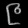
Digit: ၉